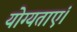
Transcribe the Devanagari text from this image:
योग्यताएं।